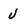
Character: j